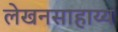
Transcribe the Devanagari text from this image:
लेखनसाहाय्य